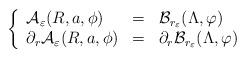
LaTeX: \begin{align*}\left\{\begin{array}{lcl}\mathcal{A}_\varepsilon(R,a,\phi) & = & \mathcal{B}_{r_\varepsilon}(\Lambda,\varphi)\\\partial_r\mathcal{A}_\varepsilon(R,a,\phi) & = & \partial_r\mathcal{B}_{r_\varepsilon}(\Lambda,\varphi)\end{array}\right.\end{align*}